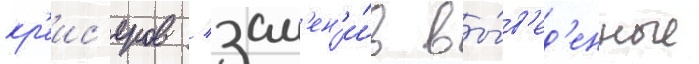
кр'еис'еров / зам'ен'и́в вы́в'ед'енные